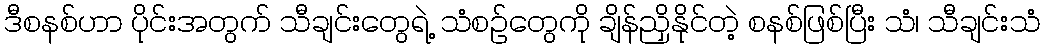
ဒီစနစ်ဟာ ပိုင်းအတွက် သီချင်းတွေရဲ့ သံစဉ်တွေကို ချိန်ညှိနိုင်တဲ့ စနစ်ဖြစ်ပြီး သံ၊ သီချင်းသံ